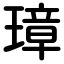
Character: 璋